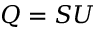
Q = S U